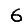
Digit: 6